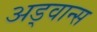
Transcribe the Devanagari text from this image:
अड्वान्स